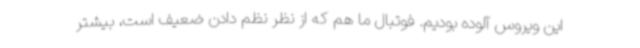
این ویروس آلوده بودیم. فوتبال ما هم که از نظر نظم دادن ضعیف است، بیشتر